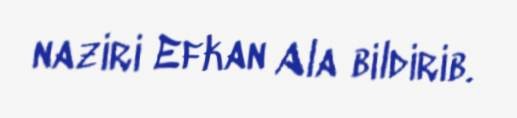
naziri Efkan Ala bildirib.